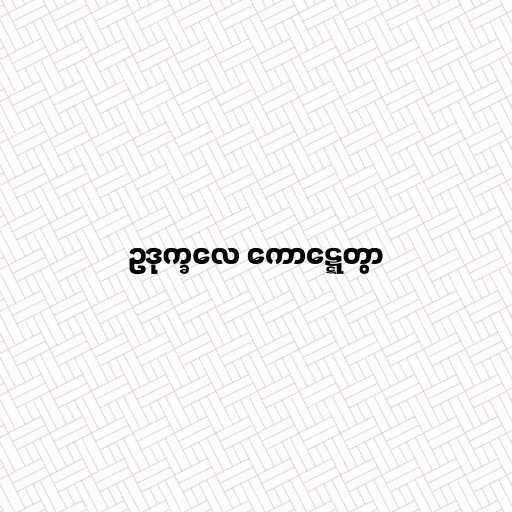
ဥဒုက္ခလေ ကောဋ္ဋေတွာ